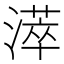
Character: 㵏